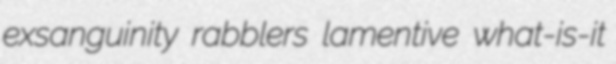
exsanguinity rabblers lamentive what-is-it